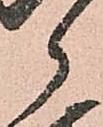
郎